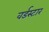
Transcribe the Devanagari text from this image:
वर्डस्‍टार